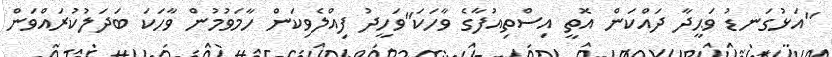
"އަޅުގަނޑު ވަޙީދާ ދައްކަން އޮތީ އިސްތިއުފާގެ ވާހަކަ"ވަހީދު ފިއްލެވިކަން ހާމަވުމުން ވާހަކަ ބަދަލުކުރައްވަން